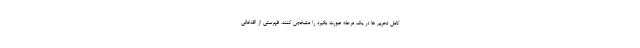
کامل تحریم ها در یک مرحله صورت بگیرد را مشخص کنند. فهرستی از اقداماتی